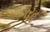
ગરહ